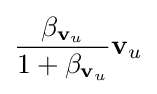
{\frac {\beta _{\mathbf {v} _{u}}}{1+\beta _{\mathbf {v} _{u}}}}\mathbf {v} _{u}